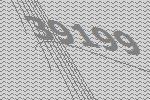
39199